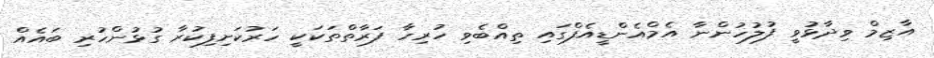
އާޒިމް ވިދާޅުވީ ފުލުހުންނާ އެމްއެންޑީއެފްގައި ތިއްބެވި ހުރިހާ ފަރާތްތަކަކީ ހަރުކަށިފިކުރާ ގުޅުންހުރި ބައެއް